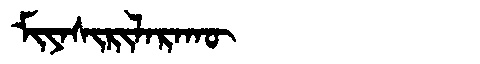
Manchu: ᠮᡳᠶᠠᠰᡳᡵᡳᠯᠠᡵᠠᡴᡡ
Romanization: MIYASIRILARAKŪ